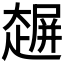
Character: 𰋲